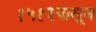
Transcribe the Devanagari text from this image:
१५१३पासून